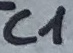
Text: C1